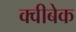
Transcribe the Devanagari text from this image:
क्वीबेक